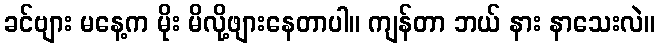
ခင်ဗျား မနေ့က မိုး မိလို့ဖျားနေတာပါ။ ကျန်တာ ဘယ် နား နာသေးလဲ။